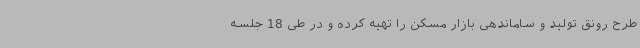
طرح رونق تولید و ساماندهی بازار مسکن را تهیه کرده و در طی 18 جلسه